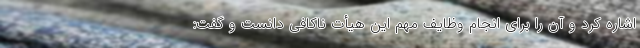
اشاره کرد و آن را برای انجام وظایف مهم این هیأت ناکافی دانست و گفت: